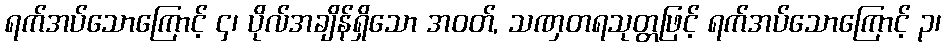
ရက်အပ်သောကြောင့် ၄၊ ပိုလ်အချိန်ရှိသော အဝတ်, သဏှတရသုတ္တဖြင့် ရက်အပ်သောကြောင့် ၃၊